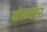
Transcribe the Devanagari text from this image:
मोन्स्टर